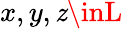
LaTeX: x,y,\mathit{z}\inL